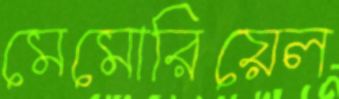
মেমোরিয়েল